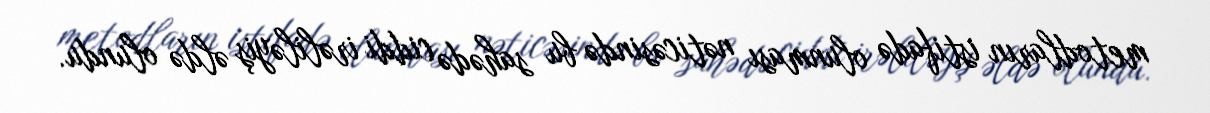
metodların istifadə olunması nəticəsində bu sahədə ciddi irəliləyiş əldə olundu.